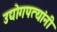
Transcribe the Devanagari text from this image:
उद्योगपत्यांनी